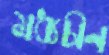
মধ্যচীন